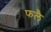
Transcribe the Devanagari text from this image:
फलै